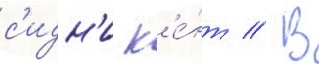
с'идн'и к'е́нт // В